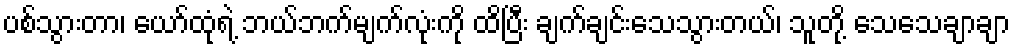
ပစ်သွားတာ၊ ယော်ထုံရဲ့ ဘယ်ဘက်မျက်လုံးကို ထိပြီး ချက်ချင်းသေသွားတယ်၊ သူတို့ သေသေချာချာ